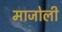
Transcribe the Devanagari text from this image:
माजोली